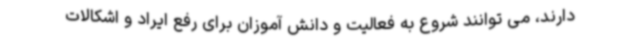
دارند، می توانند شروع به فعالیت و دانش آموزان برای رفع ایراد و اشکالات